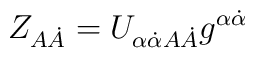
Z_{A\dot A} = U_{\alpha\dot\alpha A\dot A}g^{\alpha\dot\alpha}